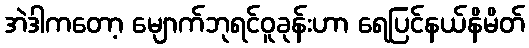
အဲဒါကတော့ မျောက်ဘုရင်ဝူခုန်းဟာ ရေပြင်နယ်နိမိတ်